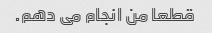
قطعا من انجام می دهم.